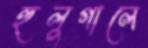
হুলুগালে